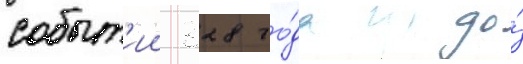
событ'ии 328 го́да до́